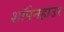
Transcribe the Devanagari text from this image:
शॉपेनहाउर